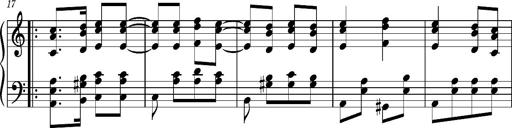
Title: Ungarischer Romanzero
Composer: Franz Liszt